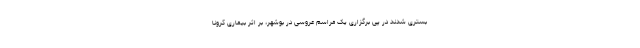
بستری شدند در پی برگزاری یک مراسم عروسی در بوشهر، بر اثر بیماری کرونا